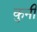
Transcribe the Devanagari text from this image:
कुनी